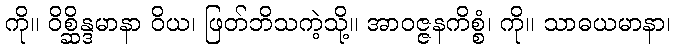
ကို။ ဝိစ္ဆိန္ဒမာနာ ဝိယ၊ ဖြတ်ဘိသကဲ့သို့။ အာဝဇ္ဇနကိစ္စံ၊ ကို။ သာဓယမာနာ၊